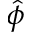
\hat { \phi }